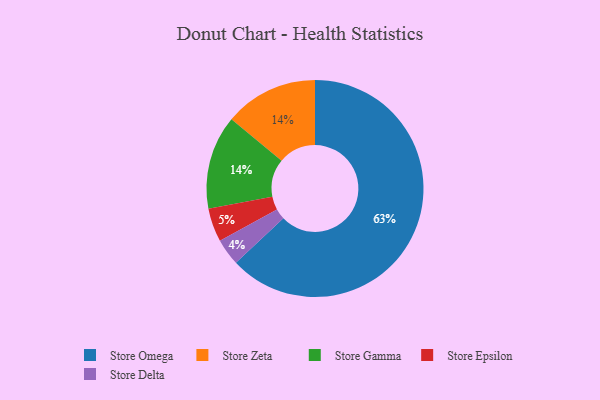
{"axis": {"x": "Category", "y": "Percentage"}, "legend": ["Store Delta", "Store Epsilon", "Store Gamma", "Store Omega", "Store Zeta"], "data": [{"x": "Store Zeta", "y": 14, "type": "Store Zeta"}, {"x": "Store Omega", "y": 63, "type": "Store Omega"}, {"x": "Store Delta", "y": 4, "type": "Store Delta"}, {"x": "Store Gamma", "y": 14, "type": "Store Gamma"}, {"x": "Store Epsilon", "y": 5, "type": "Store Epsilon"}]}